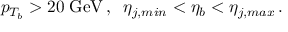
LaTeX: p _ { T _ { b } } > 2 0 \; \mathrm { G e V } \, , \; \; \eta _ { j , m i n } < \eta _ { b } < \eta _ { j , m a x } \, .